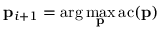
\mathbf { p } _ { i + 1 } = \arg \operatorname* { m a x } _ { \mathbf { p } } \mathrm { a c } ( \mathbf { p } )